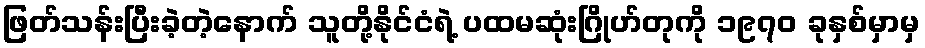
ဖြတ်သန်းပြီးခဲ့တဲ့နောက် သူတို့နိုင်ငံရဲ့ ပထမဆုံးဂြိုဟ်တုကို ၁၉၇၀ ခုနှစ်မှာမှ